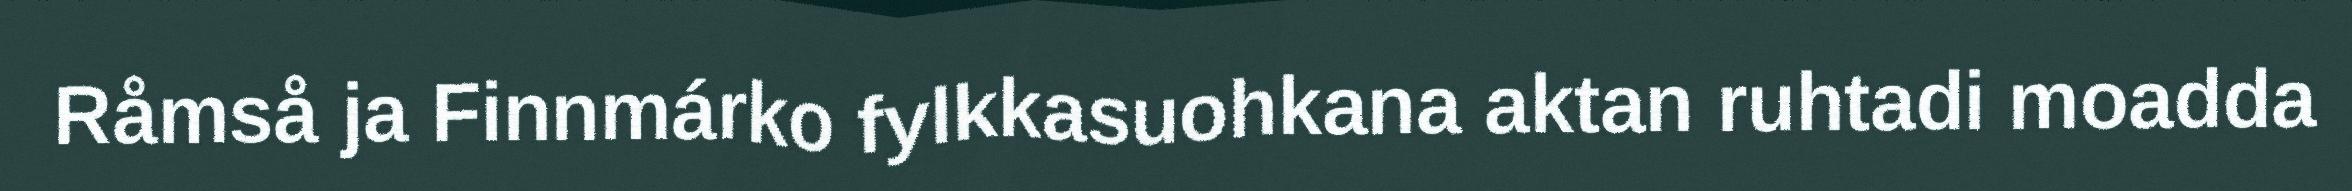
Råmså ja Finnmárko fylkkasuohkana aktan ruhtadi moadda